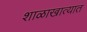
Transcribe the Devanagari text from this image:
शाळाखात्यात